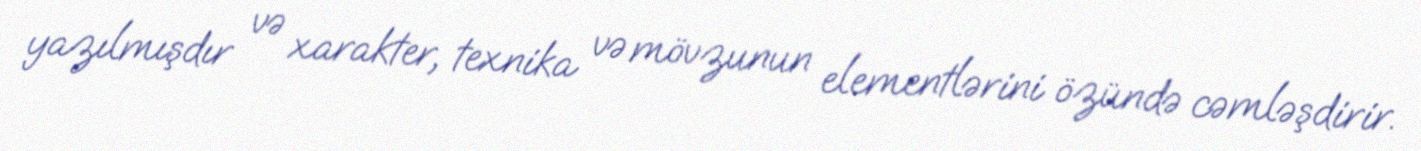
yazılmışdır və xarakter, texnika və mövzunun elementlərini özündə cəmləşdirir.